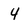
Character: 4